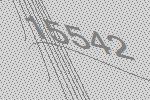
15542